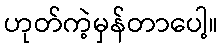
ဟုတ်ကဲ့မှန်တာပေါ့။